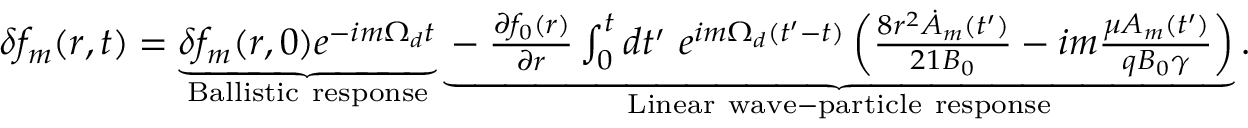
\begin{array} { r } { \delta f _ { m } ( r , t ) = \underbrace { \delta f _ { m } ( r , 0 ) e ^ { - i m \Omega _ { d } t } } _ { \mathrm { B a l l i s t i c ~ r e s p o n s e } } \underbrace { - \frac { \partial f _ { 0 } ( r ) } { \partial r } \int _ { 0 } ^ { t } d t ^ { \prime } \ e ^ { i m \Omega _ { d } ( t ^ { \prime } - t ) } \left( \frac { 8 r ^ { 2 } \dot { A } _ { m } ( t ^ { \prime } ) } { 2 1 B _ { 0 } } - i m \frac { \mu A _ { m } ( t ^ { \prime } ) } { q B _ { 0 } \gamma } \right) } _ { \mathrm { L i n e a r ~ w a v e - p a r t i c l e ~ r e s p o n s e } } . } \end{array}